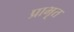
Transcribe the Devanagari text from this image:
प्राभृत